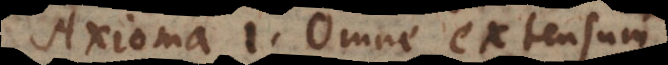
Axioma 1. Omne extensum